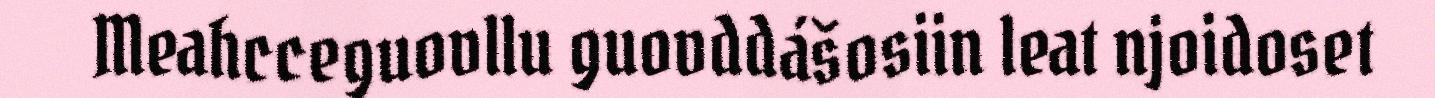
Meahcceguovllu guovddášosiin leat njoidoset